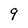
Character: 9